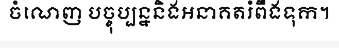
ចំណេញ បច្ចុប្បន្ននិងអនាគតរំពឹងទុក។